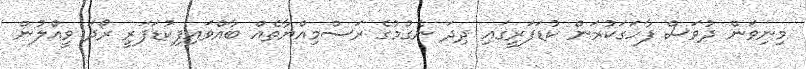
މިނިވަން ދުވަސް ފާހަގަކުރަން ކުޑަފަރީގައި ދިދަ ނެގުމުގެ ރަސްމިއްޔާތެއް ބާއްވައިފިކުޑަފަރީ ރޯދަ ވީއްލުން